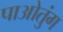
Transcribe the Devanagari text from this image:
पाओतुंग